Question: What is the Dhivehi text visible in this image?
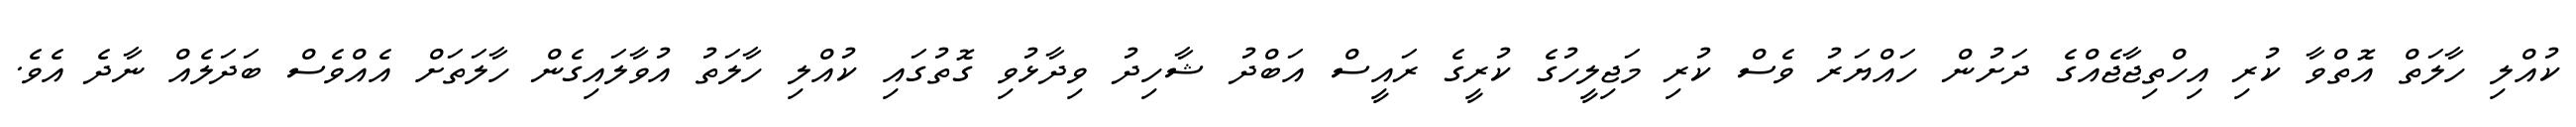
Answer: ކުއްލި ހާލަތް އޮތްވާ ކުރި އިހްތިޖާޖެއްގެ ދަށުން ހައްޔަރު ވެސް ކުރި މަޖިލީހުގެ ކުރީގެ ރައީސް އަބްދު ޝާހިދު ވިދާޅުވި ގޮތުގައި ކުއްލި ހާލަތު އުވާލައިގެން ހާލަތަށް އެއްވެސް ބަދަލެއް ނާދެ އެވެ.